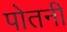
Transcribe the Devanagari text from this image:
पोतनी